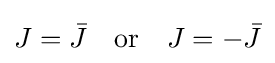
J={\bar {J}}\quad {\text{or}}\quad J=-{\bar {J}}